Vaccination North-Western Provinces 1866-1877 - 1866-1877
Year: 1866
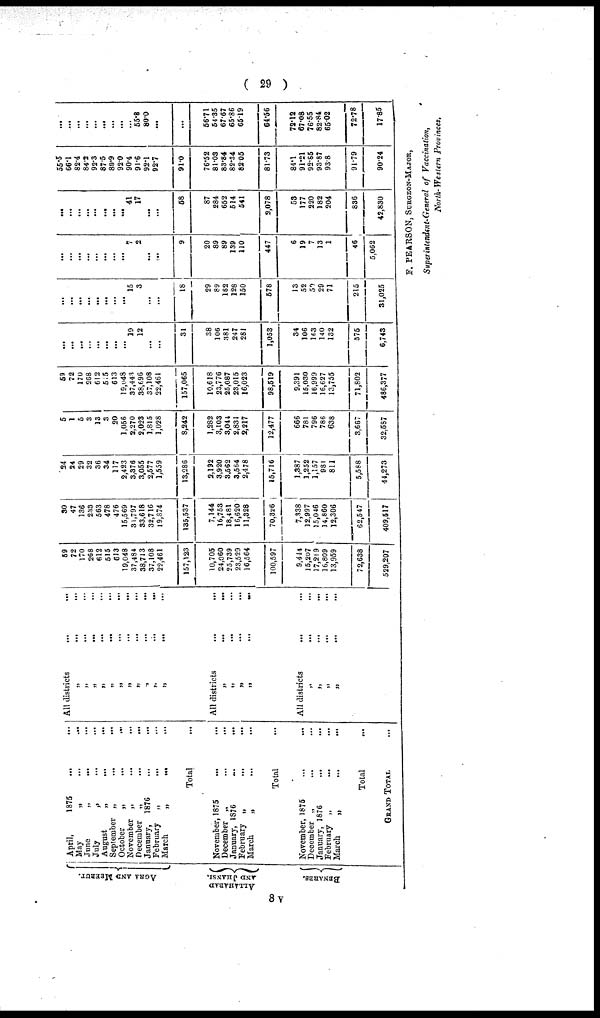
(
29
)
AGRA AND MEERUT.
ALLAHABAD
AND JHANSI.
BENARES.
April,
1875 ... ...
May „ ... ...
June „ ... ...
July „ ... ...
August „ ... ...
September „ ... ...
October „ ... ...
November „ ... ...
December „ ... ...
January 1876 ... ...
February „ ... ...
March
„
...
...
Total ...
November, 1875 ... ...
December „ ... ...
January, 1876
...
...
February „ ... ...
March
„
...
...
Total ...
November, 1875 ... ...
December „ ... ...
January, 1876 ... ...
February
„
...
...
March „ ... ...
Total ...
GRAND TOTAL ...
All districts ... ...
„ ... ...
„ ... ...
„ ... ...
„ ... ...
„ ... ...
„ ... ...
„ ... ...
„ ... ...
„ ... ...
„ ... ...
„ ... ...
All districts
...
...
„ ... ...
„ ... ...
„ ... ...
„ ... ...
All districts ... ...
„ ... ...
„ ... ...
„ ... ...
„ ... ...
59
72
170
268
612
515
613
19,048
37,484
38,713
37,108
22,461
157,123
10,705
24,060
25,739
23,529
16,564
100,597
9,444
15,207
17,219
16,809
13,959
72,638
529,207
30
47
136
233
563
478
476
15,569
31,797
33,618
32,716
19,874
135,537
7,144
16,753
18,481
16,620
11,328
70,326
7,338
12,997
15,046
14,860
12,306
62,547
409,517
24
24
29
32
36
34
117
2,423
3,376
3,055
2,577
1,559
13,286
9,192
3,920
3,562
3,564
2,478
15,716
1,387
1,252
1,157
981
811
5,588
44,273
5
1
5
3
13
3
20
1,056
2,270
2,023
1,815
1,028
8,242
1,282
3,103
3,044
2,831
2,217
12,477
666
781
796
786
638
3,667
32,587
59
72
170
268
612
515
613
19,048
37,443
38,696
37,108
22,461
157,065
10,618
23,776
25,087
23,015
16,023
98,519
9,391
15,030
16,999
16,627
13,755
71,802
486,377
...
...
...
...
...
...
...
...
19
12
...
...
31
38
106
381
247
281
1,053
34
106
163
140
132
375
6,743
...
...
...
...
...
...
...
...
15
3
...
...
18
29
89
182
128
150
578
13
52
59
29
71
215
31,025
...
...
...
...
...
...
...
...
7
2
...
...
9
20
89
89
139
110
447
6
19
7
13
1
46
5,062
...
...
... ...
...
...
...
...
41
17
...
...
68
87
284
652
514
541
2,078
53
177
220
182
204
836
42,830
55.5
66.1
82.4
84.2
92.3
87.5
80.9
92.0
90.4
91.6
92.1
92.7
91.0
76.52
81.03
83.84
82.34
82.05
81.73
84.1
91.21
92.85
93.87
93.8
91.79
90.24
...
...
...
...
...
...
...
...
...
55.8
80.0
...
...
56.71
54.35
67.67
65.86
65.19
64.56
72.12
67.08
76.55
82.84
65.02
72.78
17.85
F. PEARSON, SURGEON-MAJOR,
Superintendent-General of Vaccination,
North-Western Provinces,
8v